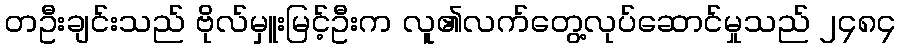
တဦးချင်းသည် ဗိုလ်မှူးမြင့်ဦးက လူ၏လက်တွေ့လုပ်ဆောင်မှုသည် ၂၄၈၄